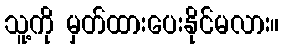
သူ့ကို မှတ်ထားပေးနိုင်မလား။